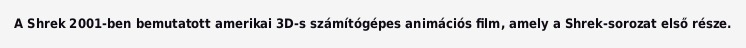
A Shrek 2001-ben bemutatott amerikai 3D-s számítógépes animációs film, amely a Shrek-sorozat első része.